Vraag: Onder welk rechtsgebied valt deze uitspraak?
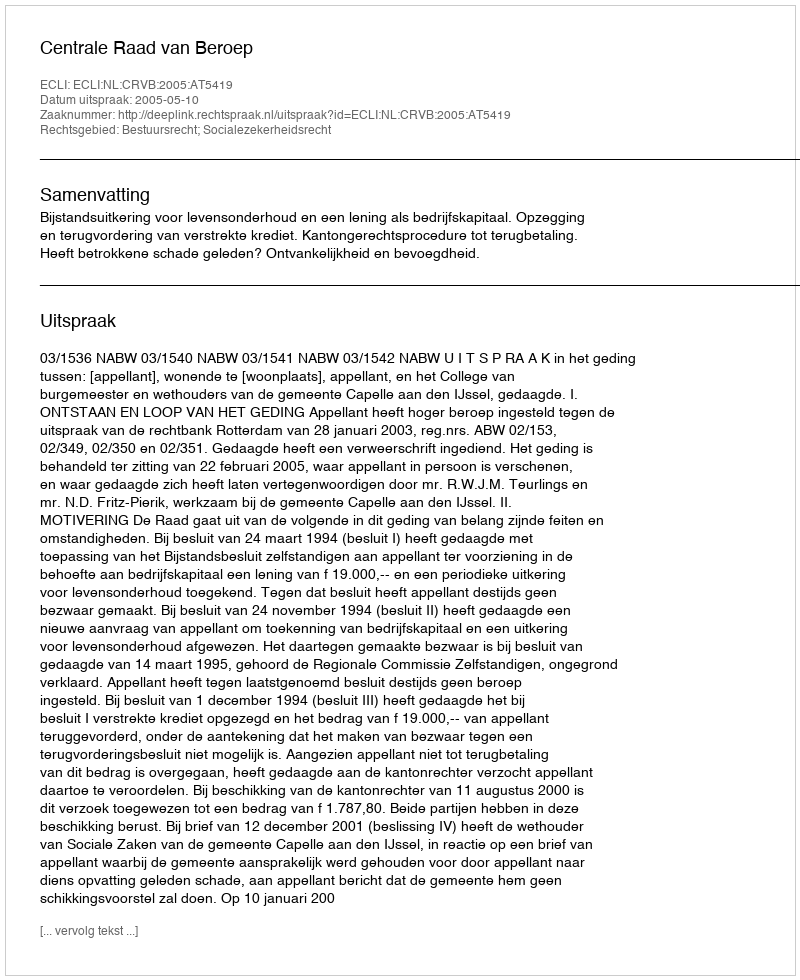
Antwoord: Bestuursrecht; Socialezekerheidsrecht